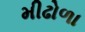
મીઢોળા